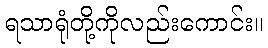
ရသာရုံတို့ကိုလည်းကောင်း။